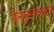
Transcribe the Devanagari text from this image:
ग्रैन्यूलोकाइट्स